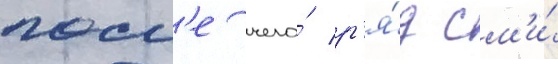
посл'е чего́ р'я́д см'и́